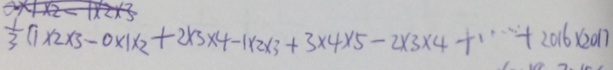
= \frac { 1 } { 3 } ( 1 \times 2 \times 3 - 0 \times 1 \times 2 + 2 \times 3 \times 4 - 1 \times 2 \times 3 + 3 \times 4 \times 5 - 2 \times 3 \times 4 + \cdots + 2 0 1 6 \times 2 0 1 7